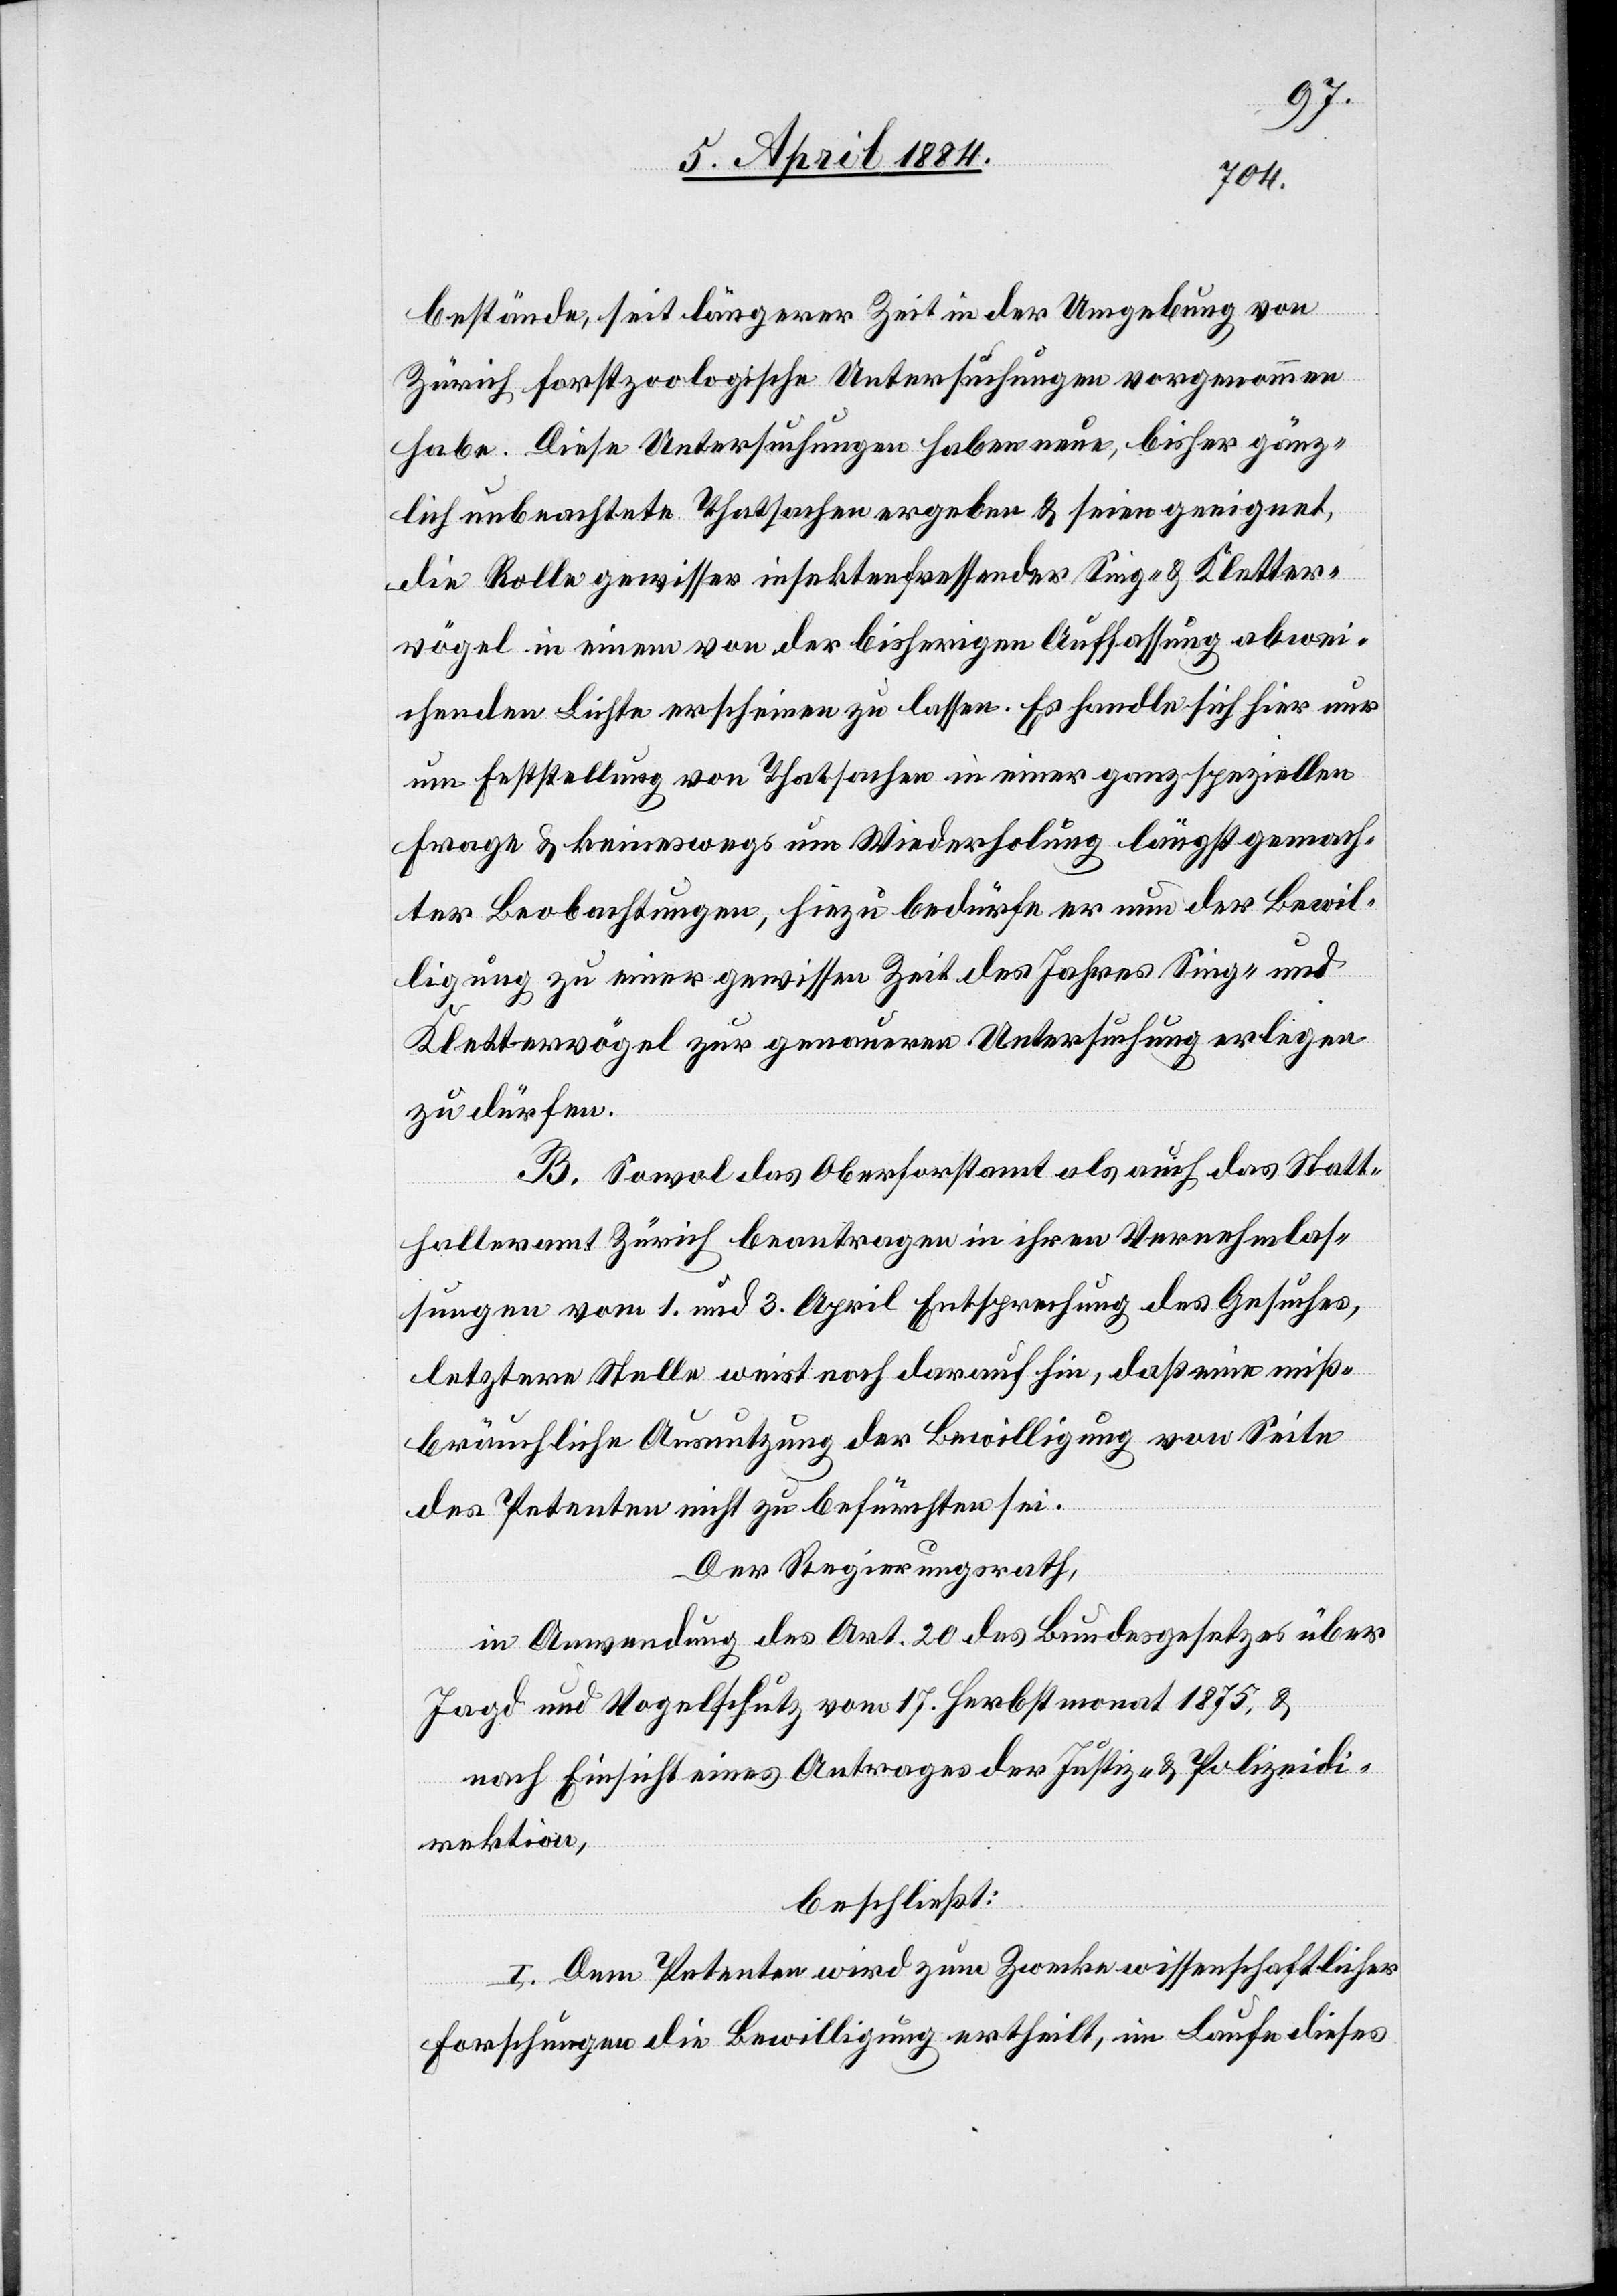
bestände, seit längerer Zeit in der Umgebung von
Zürich forstzoologische Untersuchungen vorgenommen
habe. Diese Untersuchungen haben neue, bisher gänz¬
lich unbeachtete Thatsachen ergeben & seien geeignet,
die Rolle gewisser insektenfressender Sing- & Kletter¬
vögel in einem von der bisherigen Auffassung abwei¬
chenden Lichte erscheinen zu lassen. Es handle sich hier nur
um Feststellung von Thatsachen in einer ganz speziellen
Frage & keineswegs um Wiederholung längst gemach¬
ter Beobachtungen, hiezu bedürfe er nun der Bewil¬
ligung zu einer gewissen Zeit des Jahres Sing- und
Klettervögel zur genaueren Untersuchung erlegen
zu dürfen.
B. Sowol das Oberforstamt als auch das Statt¬
halteramt Zürich beantragen in ihren Vernehmlas¬
sungen vom 1. und 3. April Entsprechung des Gesuches,
letztere Stelle weist noch darauf hin, daß eine miß¬
bräuchliche Ausnutzung der Bewilligung von Seite
des Petenten nicht zu befürchten sei.
Der Regierungsrath,
in Anwendung des Art. 20 des Bundesgesetzes über
Jagd und Vogelschutz vom 17. Herbstmonat 1875, &
nach Einsicht eines Antrages der Justiz- &Polizeidi¬
rektion,
beschließt:
I. Dem Petenten wird zum Zwecke wissenschaftlicher
Forschungen die Bewilligung ertheilt, im Laufe dieses